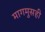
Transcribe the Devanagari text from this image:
मागमुसही